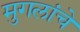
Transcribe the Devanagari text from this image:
मुगलांचे